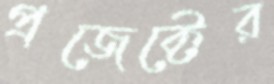
প্রজেক্টের